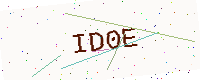
Text: ID0E